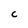
Character: c